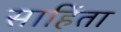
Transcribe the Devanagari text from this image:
साहिंता